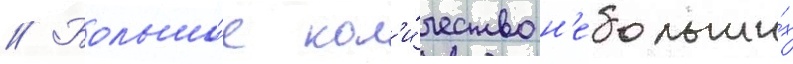
// Большо́е кол'и́чество н'ебольши́х